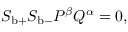
\begin{array} { r } { S _ { \mathrm { b } + } S _ { \mathrm { b } - } P ^ { \beta } Q ^ { \alpha } = 0 , } \end{array}